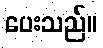
ပေးသည်။